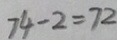
7 4 - 2 = 7 2